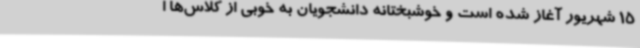
15 شهریور آغاز شده است و خوشبختانه دانشجویان به خوبی از کلاس‌ها ا